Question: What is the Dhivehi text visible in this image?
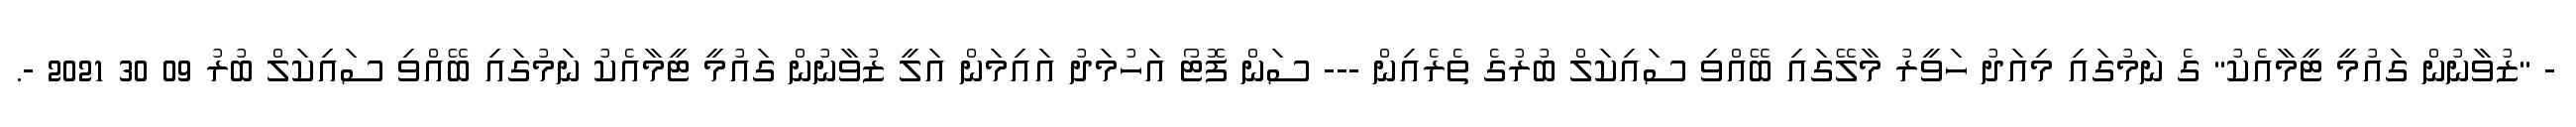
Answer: - "ޒުވާނުން ގައުމީ ޓީމާއެކު" ގެ ނަމުގައި މިއަދު ހަވީރު މާލޭގައި ބޭއްވި ސައިކަލް ބުރުގެ ތެރެއިން --- ސަން ފޮޓޯ އަހުމަދު އައިމަން އަލީ ޒުވާނުން ގައުމީ ޓީމާއެކު ނަމުގައި ބޭއްވި ސައިކަލް ބުރު 09 30 2021 -.